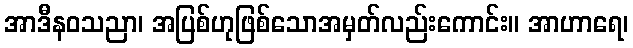
အာဒီနဝသညာ၊ အပြစ်ဟုဖြစ်သောအမှတ်လည်းကောင်း။ အာဟာရေ၊